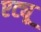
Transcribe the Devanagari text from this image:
एट्यू